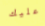
عليك